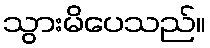
သွားမိပေသည်။